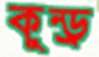
কুন্ড্র